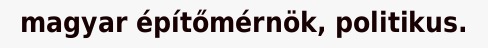
magyar építőmérnök, politikus.